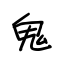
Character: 鬼